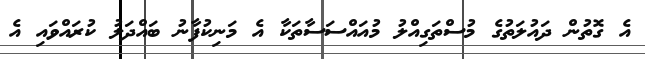
އެ ގޮތުން ދައުލަތުގެ މުސްތަގިއްލު މުއައްސަސާތަކާ އެ މަނިކުފާނު ބައްދަލު ކުރައްވައި އެ